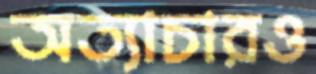
অত্যাচারও